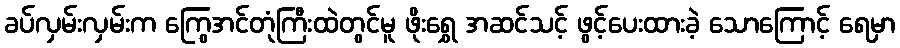
ခပ်လှမ်းလှမ်းက ကြွေအင်တုံကြီးထဲတွင်မူ ဖိုးရွှေ အဆင်သင့် ဖွင့်ပေးထားခဲ့ သောကြောင့် ရေမှာ